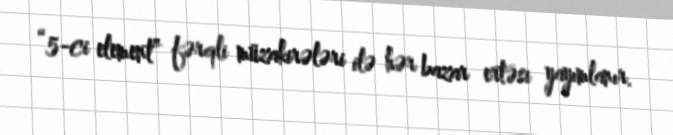
“5-ci element” fərqli müzakirələri ilə hər bazar ertəsi yayımlanır.